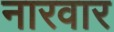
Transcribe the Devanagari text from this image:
नारवार